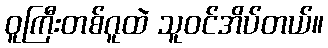
ဝူကြီးတစ်ဂူထဲ သူဝင်အိပ်တယ်။